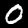
Digit: 0